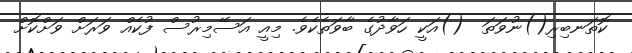
ކޮތަނބިރި()ނުވަތަ  ()އަކީ ހަވާދުގެ ބާވަތެކެވެ. މިއީ އަސޭމިރުސް ފުކެއް ވަރަށް ވަށްކޮށް